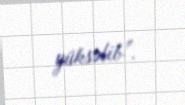
yüksəlib”.